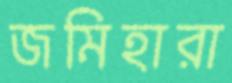
জমিহারা